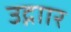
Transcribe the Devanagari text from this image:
उद्गाार